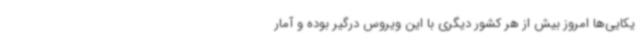
یکایی‌ها امروز بیش از هر کشور دیگری با این ویروس درگیر بوده و آمار